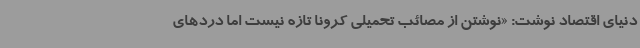
دنیای اقتصاد نوشت: «نوشتن از مصائب تحمیلی کرونا تازه نیست اما دردهای